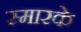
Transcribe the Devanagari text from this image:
स्‍मारके